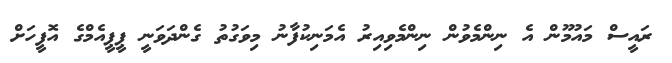
ރައީސް މައުމޫން އެ ނިންމެވުން ނިންމެވިއިރު އެމަނިކުފާނު މިވަގުތު ގެންދަވަނީ ޕީޕީއެމްގެ އޮފީހަށް